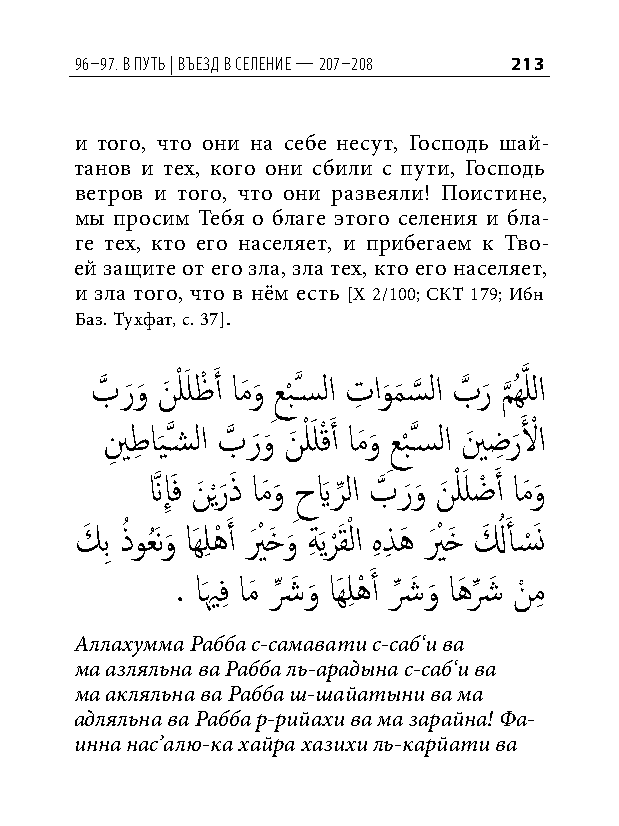
96–97. в Путь | въезд в селение — 207–208 213
 и того, что они на себе несут, Господь шай-
 танов и тех, кого они сбили с пути, Господь
 ветров и того, что они развеяли! Поистине,
 мы просим Тебя о благе этого селения и бла-
 ге тех, кто его населяет, и прибегаем к Тво-
 ей защите от его зла, зла тех, кто его населяет,
 и зла того, что в нём есть [Х 2/100; СКТ 179; Ибн
 Баз. Тухфат, с. 37].
 بَّذ ر َو
 َ
 نَ ْ لَ لظْ َ أ امَو
 َ
 ِعب
 ْ
 َّذسسلا تِ او
 َ
 م
 َ
 س
 َّذ
 لا بَّذ ر
 َ
 م
 َّذ
 ُهَّذ للا
 ينِ طِ اي
 َ
 َّذسشلا بَّذ ر َو
 َ
 نَ ْ لَ لقْ َ أ امَو
 َ
 ِعب
 ْ
 َّذسسلا ينَ ضِ ر
 َ
 لَ ْ ا
 نَّذ إَِف نَ ي ْر
 َ
 ذَ امَو
 َ
 ِحيَ ر
 ِّ
 لا بَّذ ر َو
 َ
 نَ ْ لَ لضْ َ أ امَو
 َ
 كَ بِ ذُ وعَُنو
 َ
 اَهلِ هْ َ أ يَ ْ خَ و
 َ
 ةِ َير
 ْ
 َقْ لا هِ ذِ هَ يَ ْ خَ لَ ُ أَ س
 ْ
 َن
 . اَيهفِ امَ شِّ َ و
 َ
 اَهلِ هْ َ أ شِّ َ و
 َ
 اهَ شِّ َ نْ مِ
 Аллахумма Рабба с-самавати с-саб‘и ва
 ма азляльна ва Рабба ль-арадына с-саб‘и ва
 ма акляльна ва Рабба ш-шайатыни ва ма
 адляльна ва Рабба р-рийахи ва ма зарайна! Фа-
 инна нас’алю-ка хайра хазихи ль-карйати ва